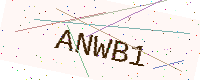
Text: ANWB1